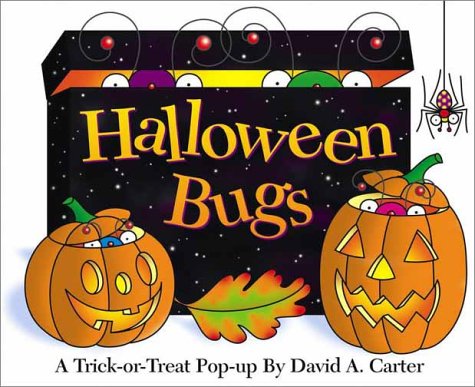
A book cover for Halloween Bugs (Bugs in a Box Books); David A. Carter; Children's Books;